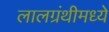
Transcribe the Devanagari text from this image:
लालग्रंथीमध्ये